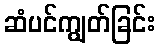
ဆံပင်ကျွတ်ခြင်း